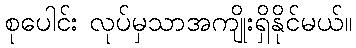
စုပေါင်း လုပ်မှသာအကျိုးရှိနိုင်မယ်။